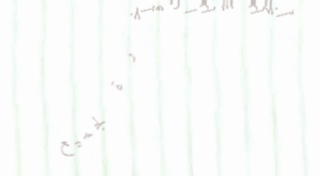
إيجار سيارات فاخرة لجميع